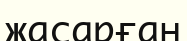
жасарған